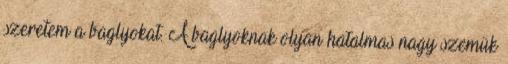
szeretem a baglyokat. A baglyoknak olyan hatalmas nagy szemük